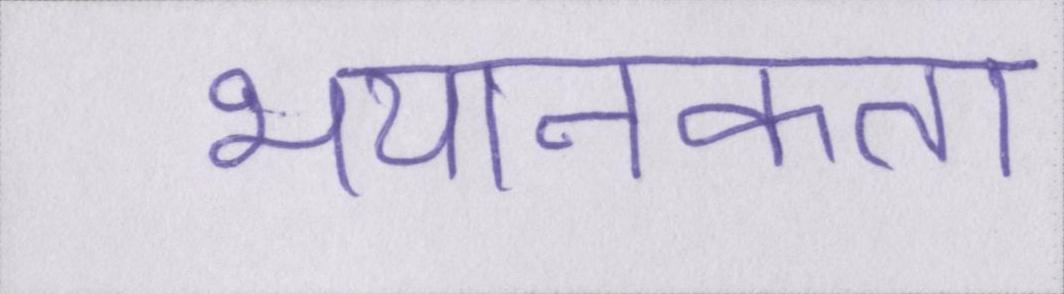
भयानकता